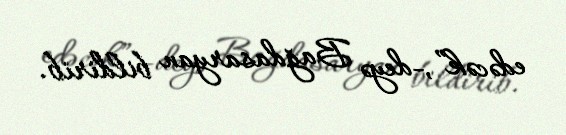
edəcək”,-deyə Bağdasaryan bildirib.